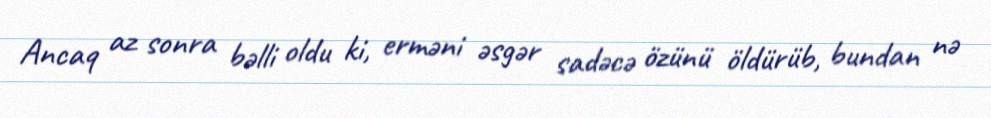
Ancaq az sonra bəlli oldu ki, erməni əsgər sadəcə özünü öldürüb, bundan nə